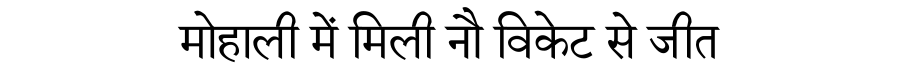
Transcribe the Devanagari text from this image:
मोहाली में मिली नौ विकेट से जीत